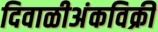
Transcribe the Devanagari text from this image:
दिवाळीअंकविक्री